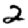
Digit: 2